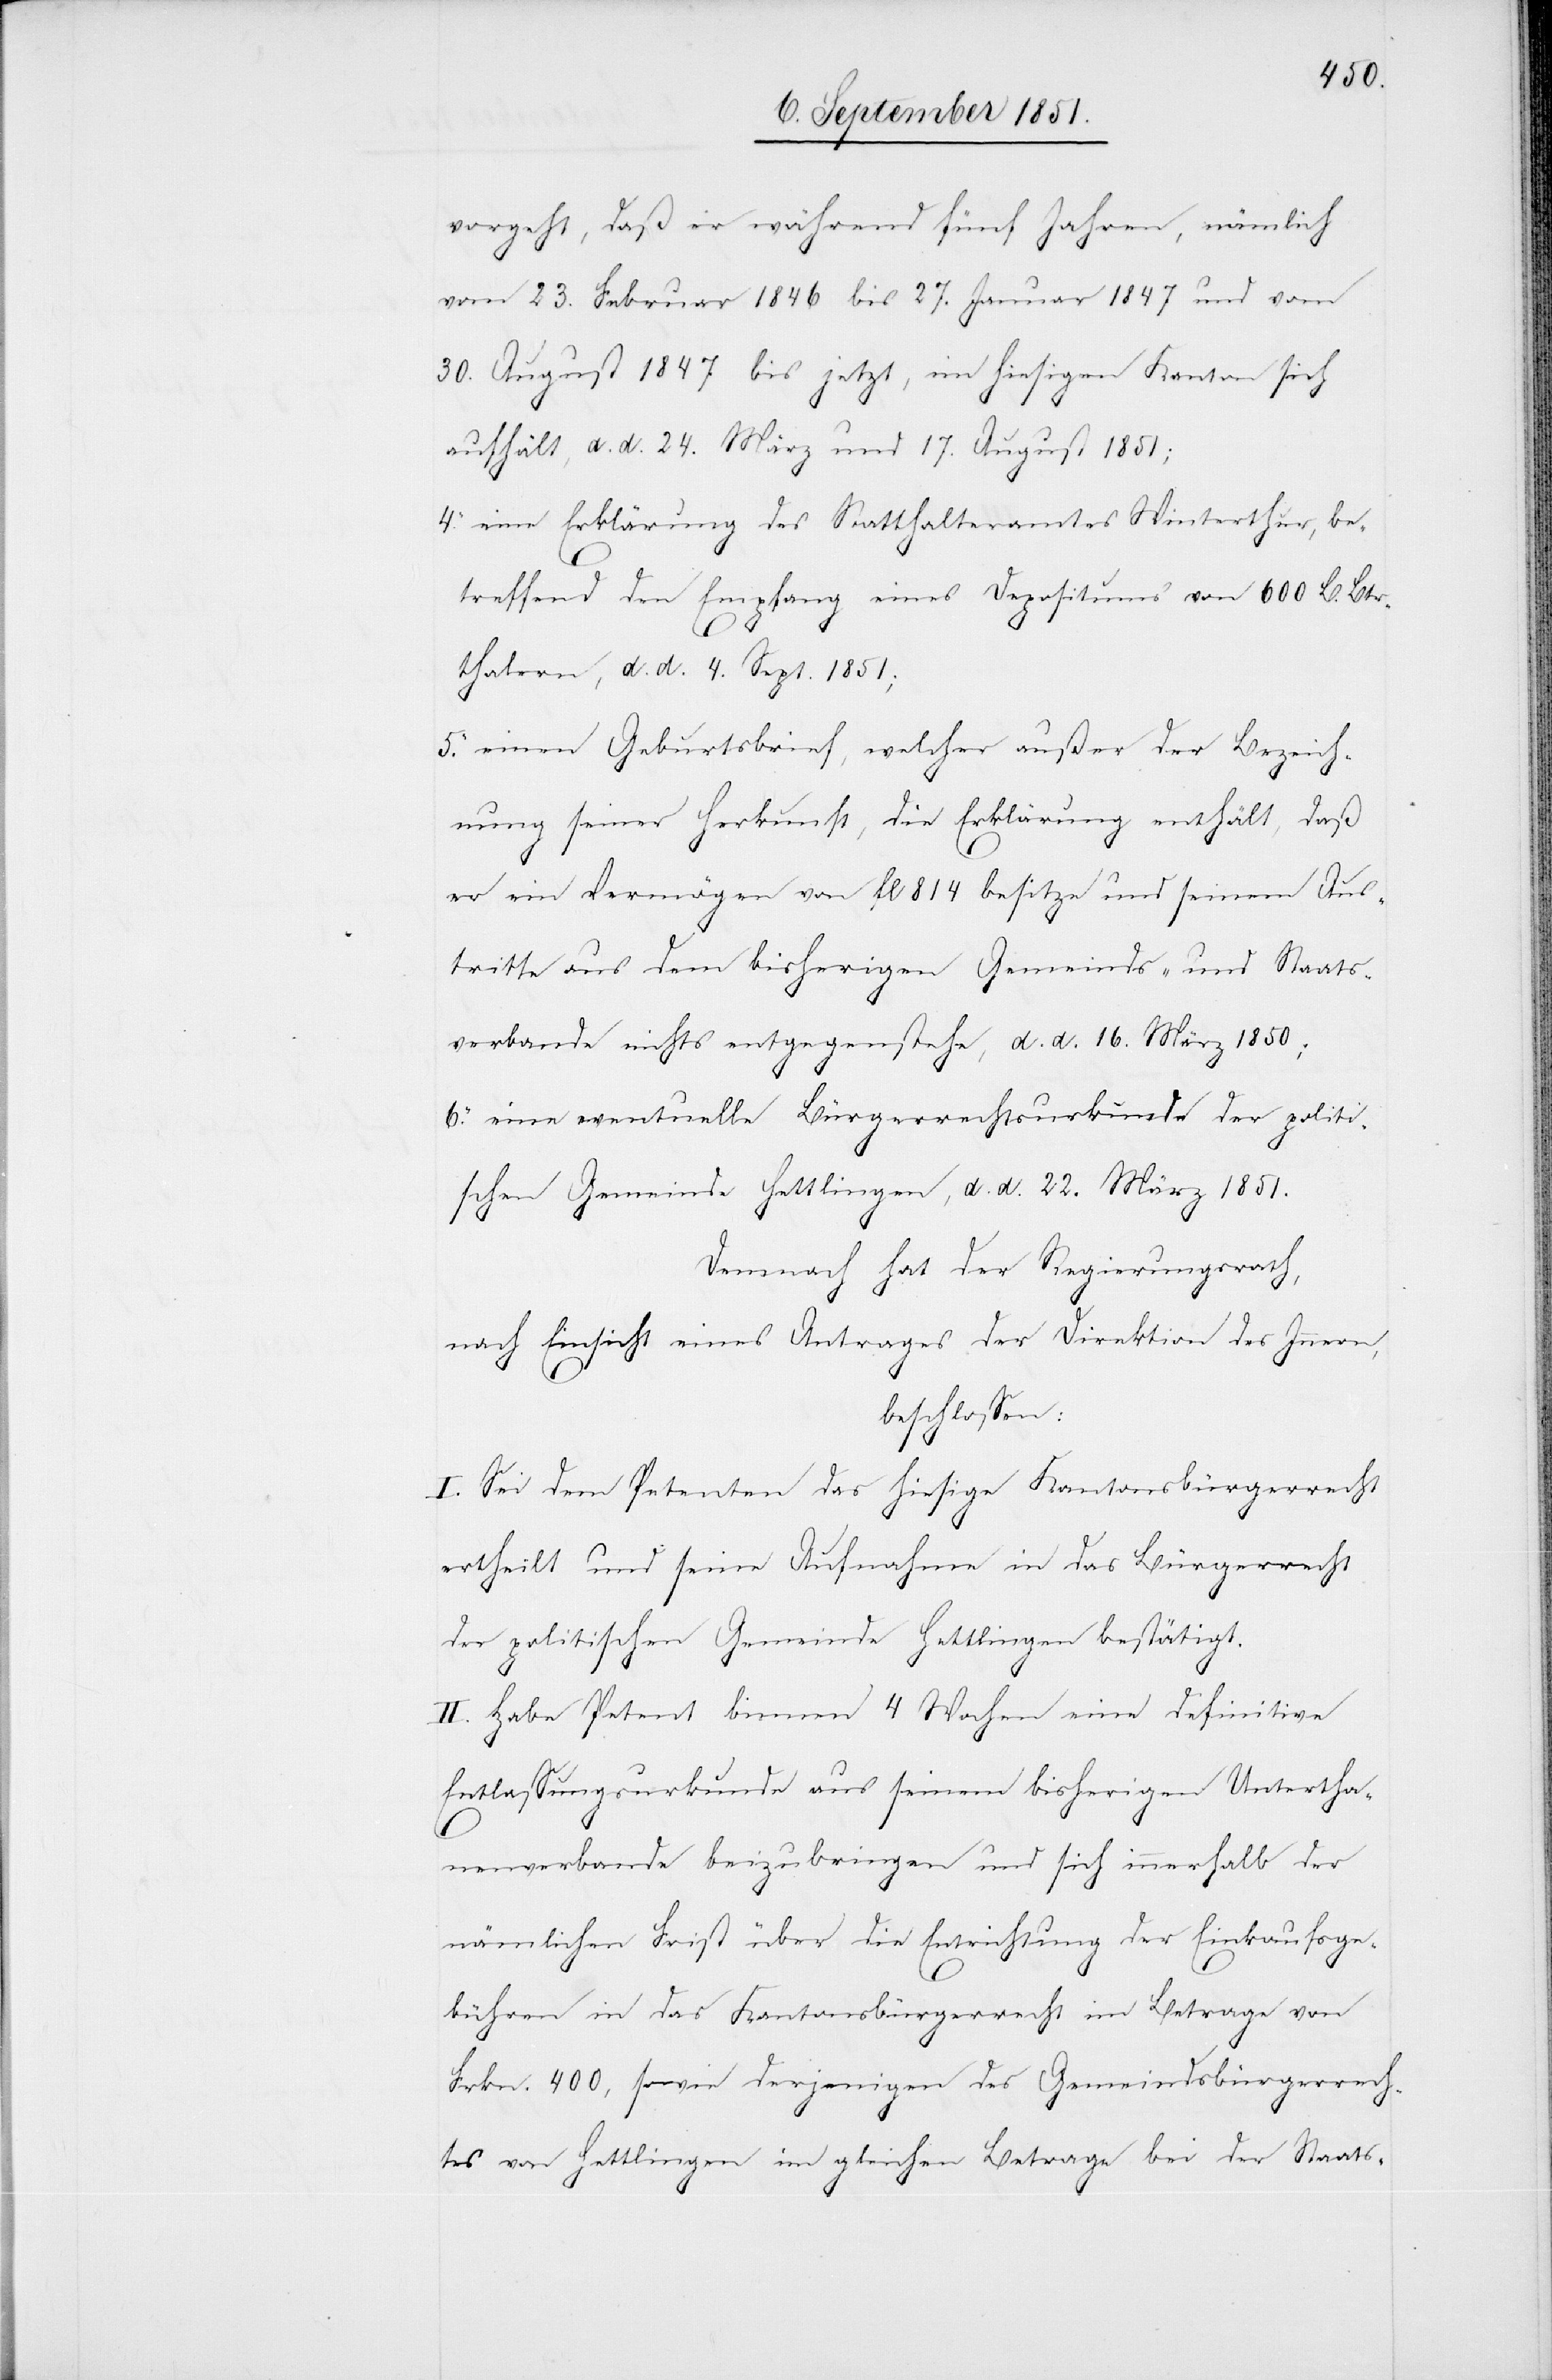
vorgeht, daß er während fünf Jahren, nämlich
vom 23. Februar 1846 bis 27. Januar 1847 und vom
30. August 1847 bis jetzt, im hiesigen Kanton sich
aufhält, d. d. 24. März und 17. August 1851;
eine Erklärung des Statthalteramtes Winterthur, be¬
treffend den Empfang eines Depositums von 600 B. Btr¬
6.
thalern, d. d. 4. Sept. 1851;
einen Geburtsbrief, welcher außer der Bezeich¬
nung seiner Herkunft, die Erklärung enthält, daß
er ein Vermögen von fl 814 besitze und seinem Aus¬
tritte aus dem bisherigen Gemeinds- und Staats¬
verbande nichts entgegenstehe, d. d. 16. März 1850;
eine eventuelle Bürgerrechtsurkunde der politi¬
schen Gemeinde Hettlingen, d. d. 22. März 1851.
Demnach hat der Regierungsrath,
nach Einsicht eines Antrages der Direktion des Innern,
beschlossen:
I. Sei dem Petenten das hiesige Kantonsbürgerrecht
ertheilt und seine Aufnahme in das Bürgerrecht
der politischen Gemeinde Hettlingen bestätigt.
II. Habe Petent binnen 4 Wochen eine definitive
Entlassungsurkunde aus seinem bisherigen Untertha¬
5.
nenverbande beizubringen und sich innerhalb der
nämlichen Frist über die Entrichtung der Einkaufsge¬
bühren in das Kantonsbürgerrecht im Betrage von
Frkn. 400, sowie derjenigen des Gemeindsbürgerrech¬
tes von Hettlingen im gleichen Betrage bei der Staats-